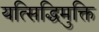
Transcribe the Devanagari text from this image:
यत्सिद्धिमुक्ति